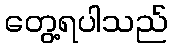
တွေ့ရပါသည်